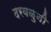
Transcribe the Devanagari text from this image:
दरवळुनी